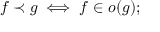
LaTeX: f \prec g \iff f \in o ( g ) ;